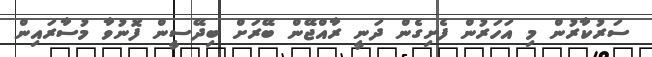
ސަރުކާރުން މި އަހަރުން ފެށިގެން ދަނީ ރާއްޖޭން ބޭރަށް ބިދޭސީން ފޮނުވާ މުސާރައިން